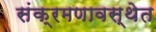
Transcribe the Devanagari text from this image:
संक्रमणावस्थेत